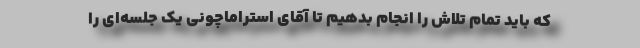
که باید تمام تلاش را انجام بدهیم تا آقای استراماچونی یک جلسه‌ای را